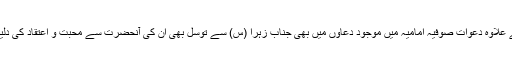
اس کے علاوہ دعوات صوفیہ امامیہ میں موجود دعاوں میں بھی جناب زہرا (س) سے توسل بھی ان کی آنحضرت سے محبت و اعتقاد کی دلیل ہے ۔